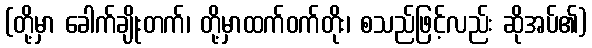
(တို့မှာ ခေါက်ချိုးတက်၊ တို့မှာထက်ဝက်တိုး၊ စသည်ဖြင့်လည်း ဆိုအပ်၏)